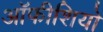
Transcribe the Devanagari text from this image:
ऑफीशियो